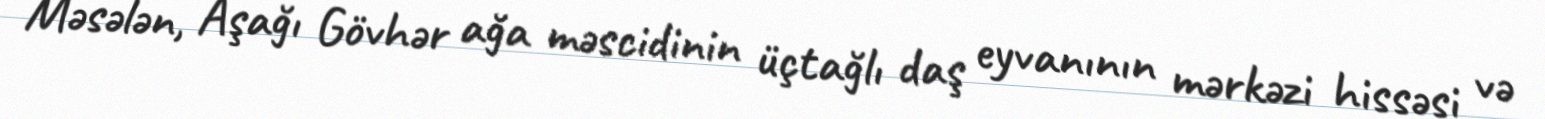
Məsələn, Aşağı Gövhər ağa məscidinin üçtağlı daş eyvanının mərkəzi hissəsi və